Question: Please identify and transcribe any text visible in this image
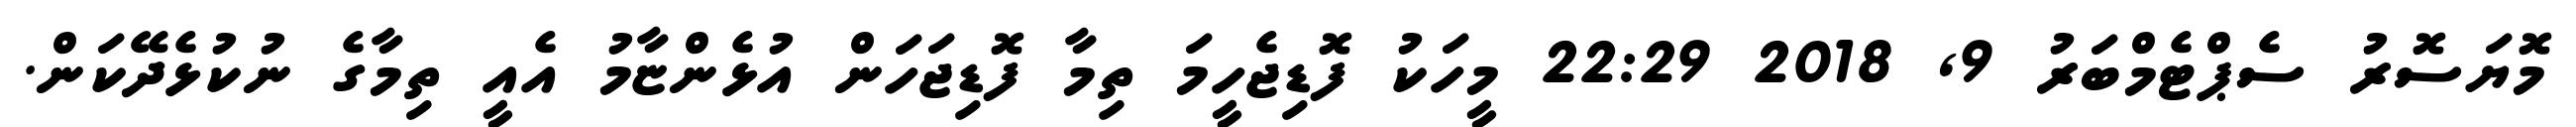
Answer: މޮޔަސޮރު ސެޕްޓެމްބަރު 9, 2018 22:29 މީހަކު ފޮޑިޖެހީމަ ތިމާ ފޮޑިޖަހަން އުޅެންޏާމު އެއީ ތިމާގެ ނުކުޅެދޭކަން.